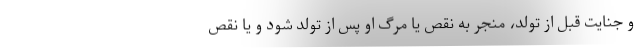
و جنایت قبل از تولد، منجر به نقص یا مرگ او پس از تولد شود و یا نقص